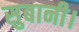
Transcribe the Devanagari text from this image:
सुबानी।